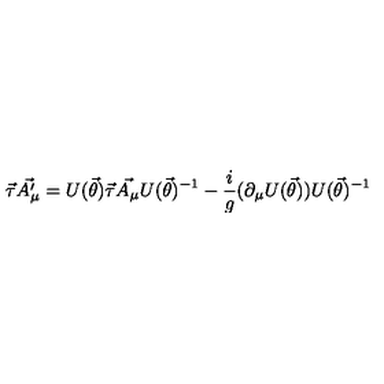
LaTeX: \vec { \tau } \vec { A _ { \mu } ^ { \prime } } = U ( \vec { \theta } ) \vec { \tau } \vec { A _ { \mu } } U ( \vec { \theta } ) ^ { - 1 } - \frac { i } { g } ( \partial _ { \mu } U ( \vec { \theta } ) ) U ( \vec { \theta } ) ^ { - 1 }